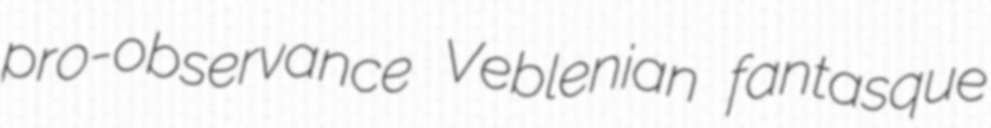
pro-observance Veblenian fantasque